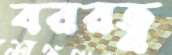
বররত্ন